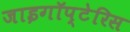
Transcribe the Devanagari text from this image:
जाइगॉप्टेरिस